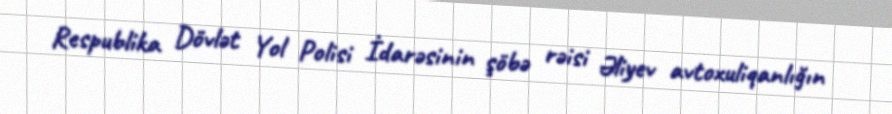
Respublika Dövlət Yol Polisi İdarəsinin şöbə rəisi Əliyev avtoxuliqanlığın